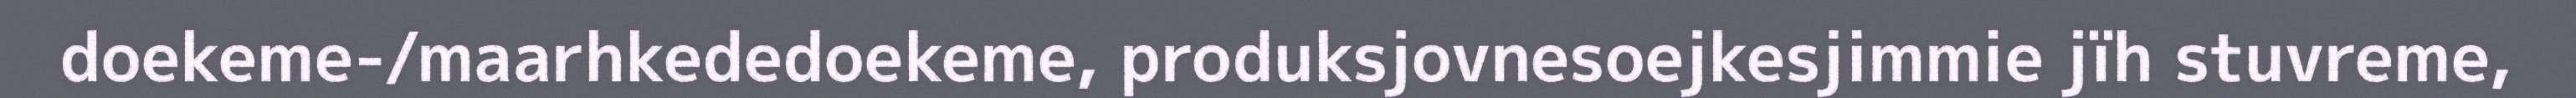
doekeme-/maarhkededoekeme, produksjovnesoejkesjimmie jïh stuvreme,